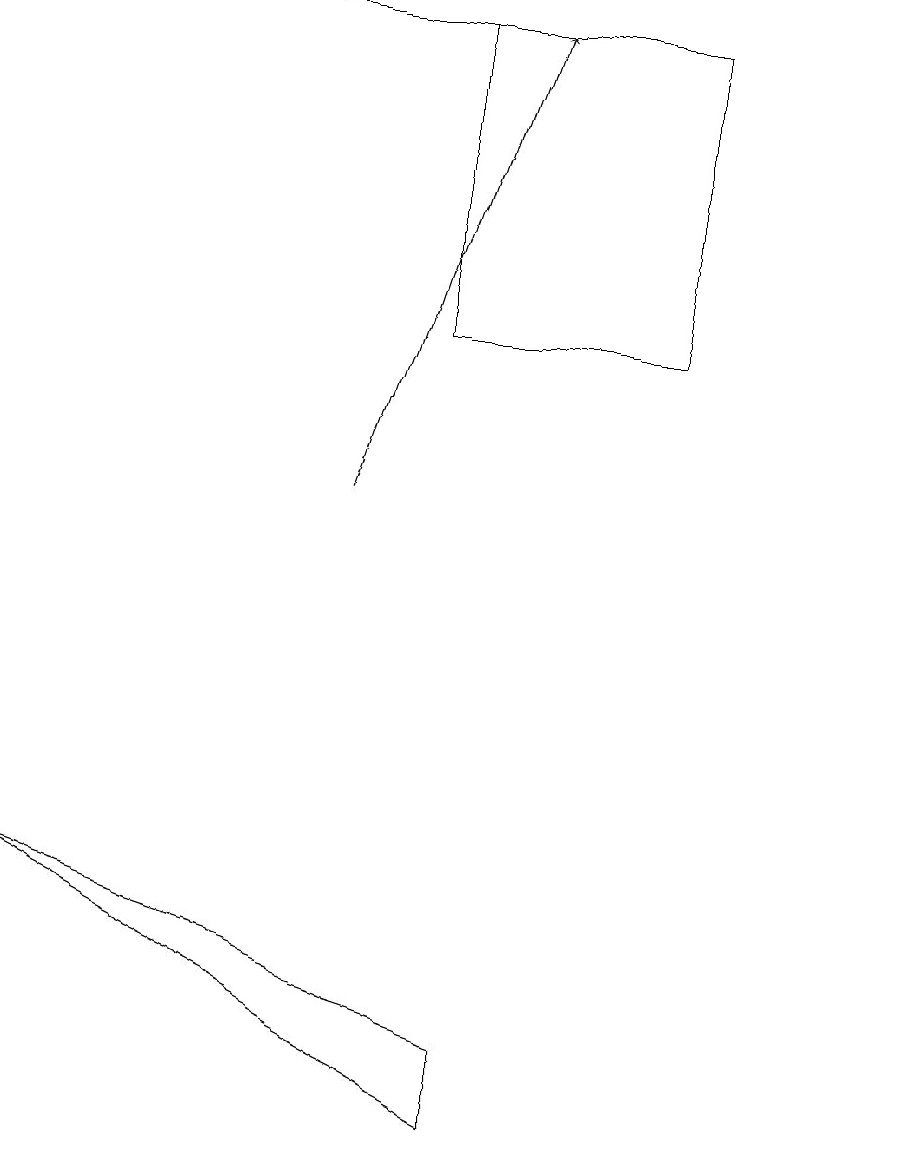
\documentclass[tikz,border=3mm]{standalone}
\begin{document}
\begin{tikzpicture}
\draw[->] (4,10) -- (6,16);
\draw (6,2) -- (0,5) -- (6,3) -- cycle;
\draw (11,10) circle (0);
\draw (5,12) rectangle (8,16);
\draw[->] (6,16) -- (3,16);
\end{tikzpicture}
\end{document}